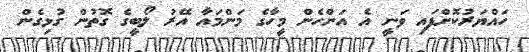
ހައްޔަރުކޮށްފައި ވަނީ އެ އަންހެން މީހާގެ މަންމައާ އޭރު ލޯބީގެ ގޮތުން ގުޅިގެން